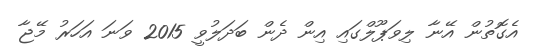
އެގޮތުން އޭނާ ލިވަޕޫލްގައި އިން ދެން ބަދަލުވީ 2015 ވަނަ އަހަރު މޭޖާ